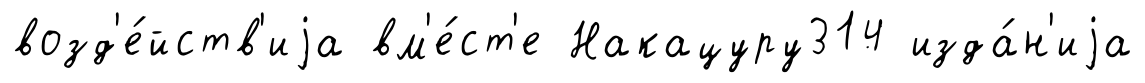
возд'е́йств'иjа вм'е́ст'е Накацуру314 изда́н'иjа